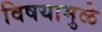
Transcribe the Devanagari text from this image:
विषयामुळे